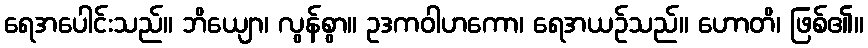
ရေအပေါင်းသည်။ ဘိယျော၊ လွန်စွာ။ ဥဒကဝါဟကော၊ ရေအယဉ်သည်။ ဟောတိ၊ ဖြစ်၏။